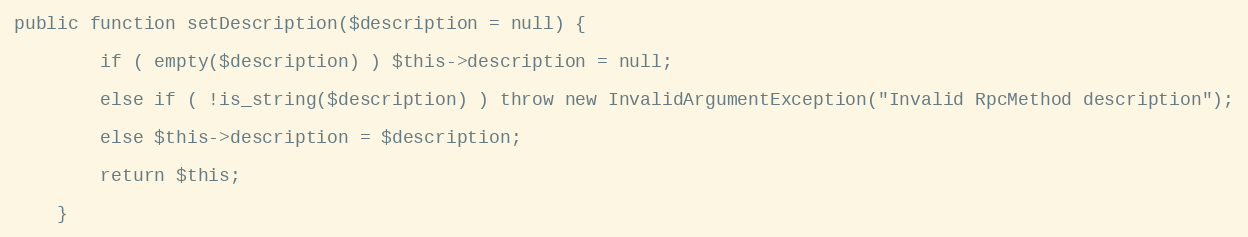
Language: PHP
public function setDescription($description = null) {

        if ( empty($description) ) $this->description = null;

        else if ( !is_string($description) ) throw new InvalidArgumentException("Invalid RpcMethod description");

        else $this->description = $description;

        return $this;

    }